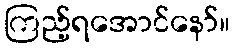
ကြည့်ရအောင်နော်။